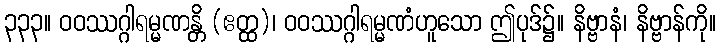
၃၃၃။ ဝဝဿဂ္ဂါရမ္မဏန္တိ (ဧတ္ထ)၊ ဝဝဿဂ္ဂါရမ္မဏံဟူသော ဤပုဒ်၌။ နိဗ္ဗာနံ၊ နိဗ္ဗာန်ကို။